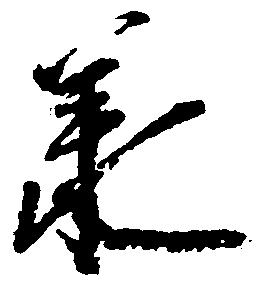
承